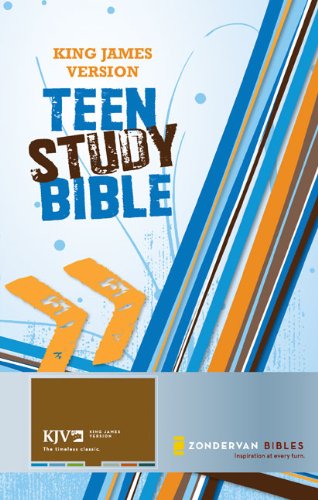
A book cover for King James Version Teen Study Bible; Christian Books & Bibles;